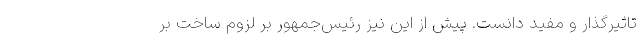
تاثیرگذار و مفید دانست. پیش از این نیز رئیس‌جمهور بر لزوم ساخت بر